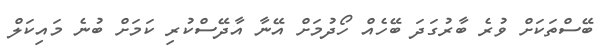
ބޭސްތަކަށް ވުރެ ބާރުގަދަ ބޭހެއް ހޯދުމަށް އޭނާ އާދޭސްކުރި ކަމަށް ބުނެ މައިކަލް